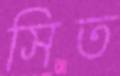
সিত